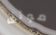
موثق